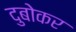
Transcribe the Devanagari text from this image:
दुबोकर